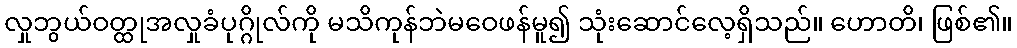
လှုဘွယ်ဝတ္ထုအလှုခံပုဂ္ဂိုလ်ကို မသိကုန်ဘဲမဝေဖန်မူ၍ သုံးဆောင်လေ့ရှိသည်။ ဟောတိ၊ ဖြစ်၏။